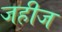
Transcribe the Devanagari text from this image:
जहीज